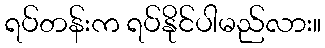
ရပ်တန်းက ရပ်နိုင်ပါမည်လား။